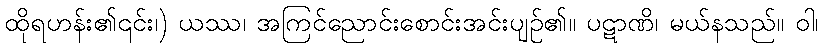
ထိုရဟန်း၏၎င်း၊) ယဿ၊ အကြင်ညောင်းစောင်းအင်းပျဉ်၏။ ပဋာဏိ၊ မယ်နသည်။ ဝါ၊